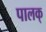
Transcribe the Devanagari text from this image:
पालक्